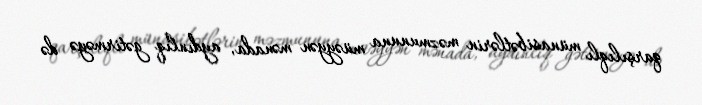
qarşılıqlı münasibətlərin məzmununa müəyyən mənada, aydınlıq gətirməyə də